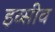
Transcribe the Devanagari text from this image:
इव्सीव